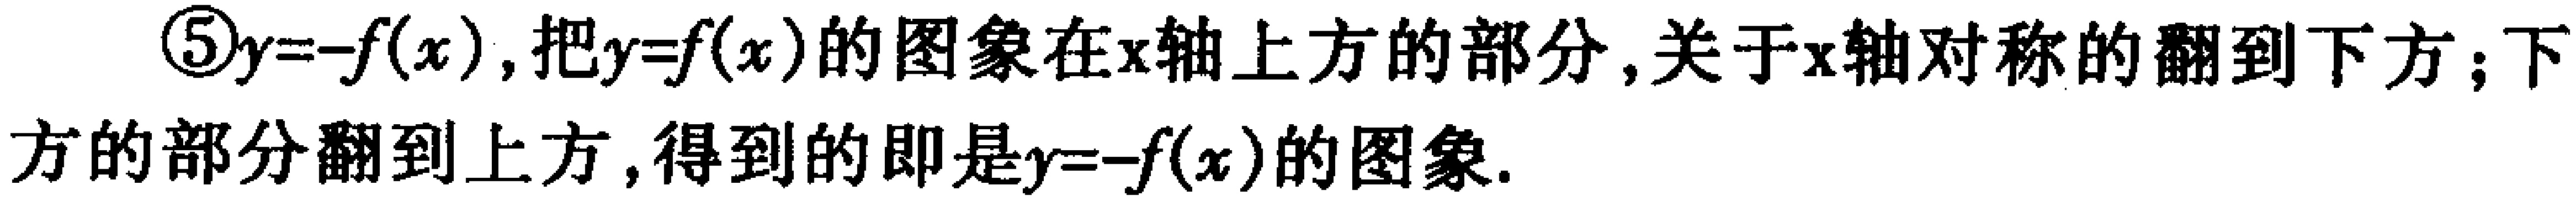
\textcircled{5}$y = - f(x)$,把$y = f(x)$的图象在$x$轴上方的部分,关于$x$轴对称的翻到下方;下方的部分翻到上方,得到的即是$y = - f(x)$的图象.